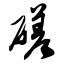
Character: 磋